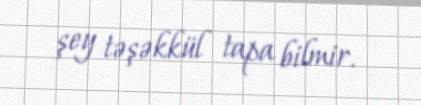
şey təşəkkül tapa bilmir.